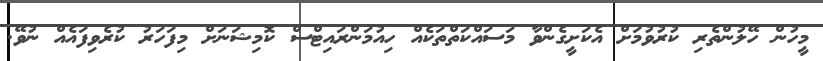
މީހުން ހޭލުންތެރި ކުރުވުމަށް އެކަށީގެންވާ މަސައްކަތްތަކެއް ހިއުމަންރައިޓްސް ކޮމިޝަނަށް މިފަހަރު ކުރެވިފައެއް ނުވޭ.